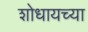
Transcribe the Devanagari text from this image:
शोधायच्या